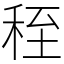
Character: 秷